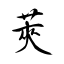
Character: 莢